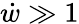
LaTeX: \dot{w}\gg 1